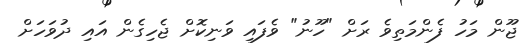
ޖޫން މަހު ފެންމަތިވެ ރަށް "ހޫނު" ވެފައި ވަނިކޮށް ޖެހިގެން އައި ދުވަހަށް